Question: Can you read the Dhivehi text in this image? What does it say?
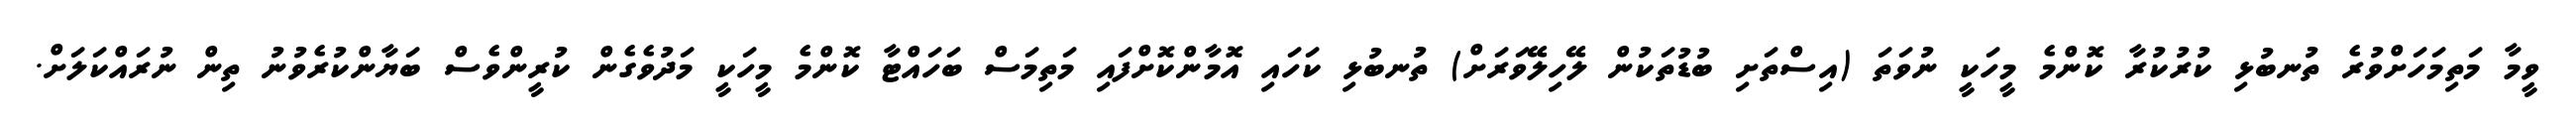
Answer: ވީމާ މަތިމަހަށްވުރެ ތުނބުޅި ކުރުކުރާ ކޮންމެ މީހަކީ ނުވަތަ (އިސްތަށި ބުޑުތަކުން ލޭހިލޭވަރަށް) ތުނބުޅި ކަހައި އޮމާންކޮށްފައި މަތިމަސް ބަހައްޓާ ކޮންމެ މީހަކީ މަދުވެގެން ކުރީންވެސް ބަޔާންކުރެވުނު ތިން ނުރައްކަލަށް.